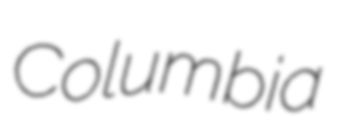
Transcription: Columbia